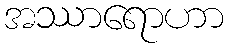
အဿာရောဟာ